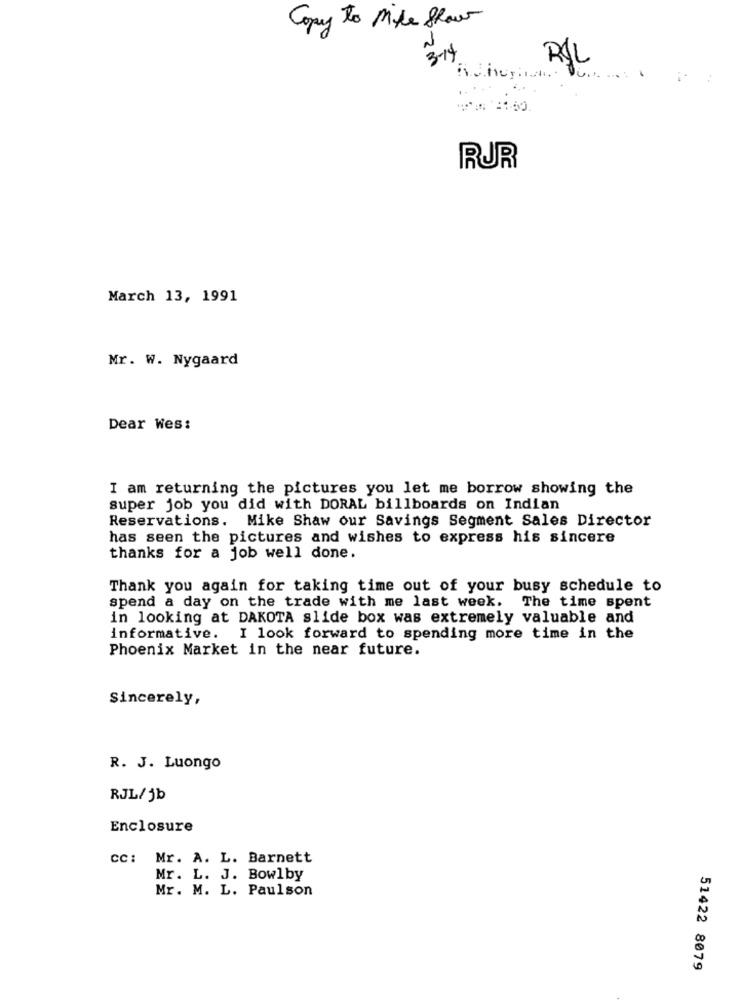
Copy to Mike Show
3-14
RIL
RUR
March 13, 1991
Mr. W. Nygaard
Dear Wes:
I am returning the pictures you let me borrow showing the
super job you did with DORAL billboards on Indian
Reservations. Mike Shaw our Savings Segment Sales Director
has seen the pictures and wishes to express his sincere
thanks for a job well done.
Thank you again for taking time out of your busy schedule to
spend a day on the trade with me last week. The time spent
in looking at DAKOTA slide box was extremely valuable and
informative. I look forward to spending more time in the
Phoenix Market in the near future.
Sincerely,
R. J. Luongo
RJL/jb
Enclosure
CC: Mr. A. L. Barnett
Mr. L. J. Bowlby
Mr. M. L. Paulson
51422 8079